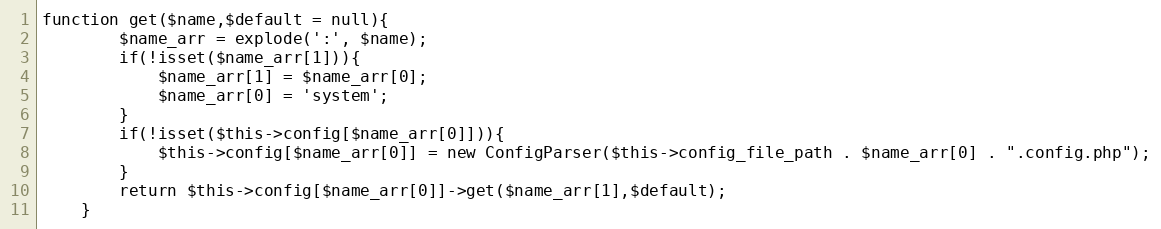
Language: PHP
function get($name,$default = null){
        $name_arr = explode(':', $name);
        if(!isset($name_arr[1])){
            $name_arr[1] = $name_arr[0];
            $name_arr[0] = 'system';
        }
        if(!isset($this->config[$name_arr[0]])){
            $this->config[$name_arr[0]] = new ConfigParser($this->config_file_path . $name_arr[0] . ".config.php");
        }
        return $this->config[$name_arr[0]]->get($name_arr[1],$default);
    }